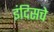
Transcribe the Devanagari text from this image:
इंदिसचे